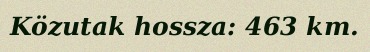
Közutak hossza: 463 km.